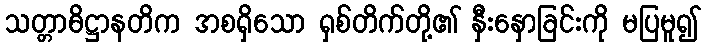
သတ္တာဓိဋ္ဌာနတိက အစရှိသော ရှစ်တိက်တို့၏ နှီးနှောခြင်းကို မပြမူ၍